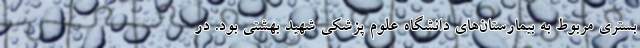
بستری مربوط به بیمارستان‌های دانشگاه علوم پزشکی شهید بهشتی بود. در